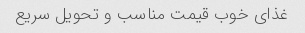
غذای خوب قیمت مناسب و تحویل سریع